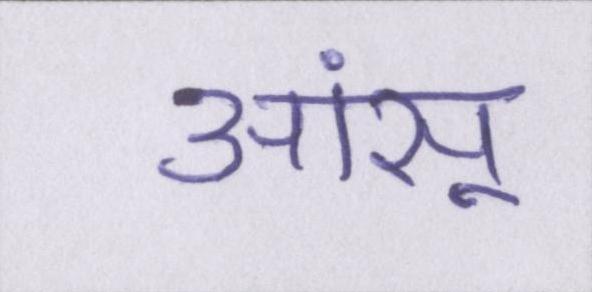
आंसू